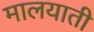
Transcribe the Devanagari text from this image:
मालयाती